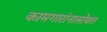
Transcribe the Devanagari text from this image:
कामगारांनासोबत